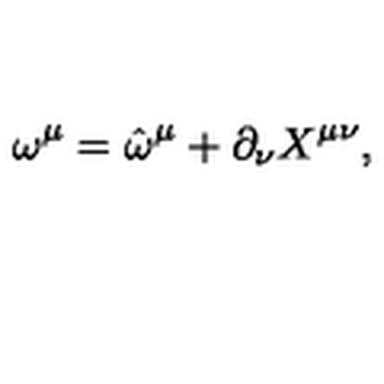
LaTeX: \omega ^ { \mu } = \hat { \omega } ^ { \mu } + \partial _ { \nu } X ^ { \mu \nu } ,